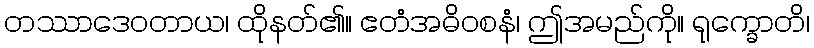
တဿာဒေဝတာယ၊ ထိုနတ်၏။ ဧတံအဓိဝစနံ၊ ဤအမည်ကို။ ရုက္ခောတိ၊